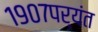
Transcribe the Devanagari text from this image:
१९०७पर्यंत